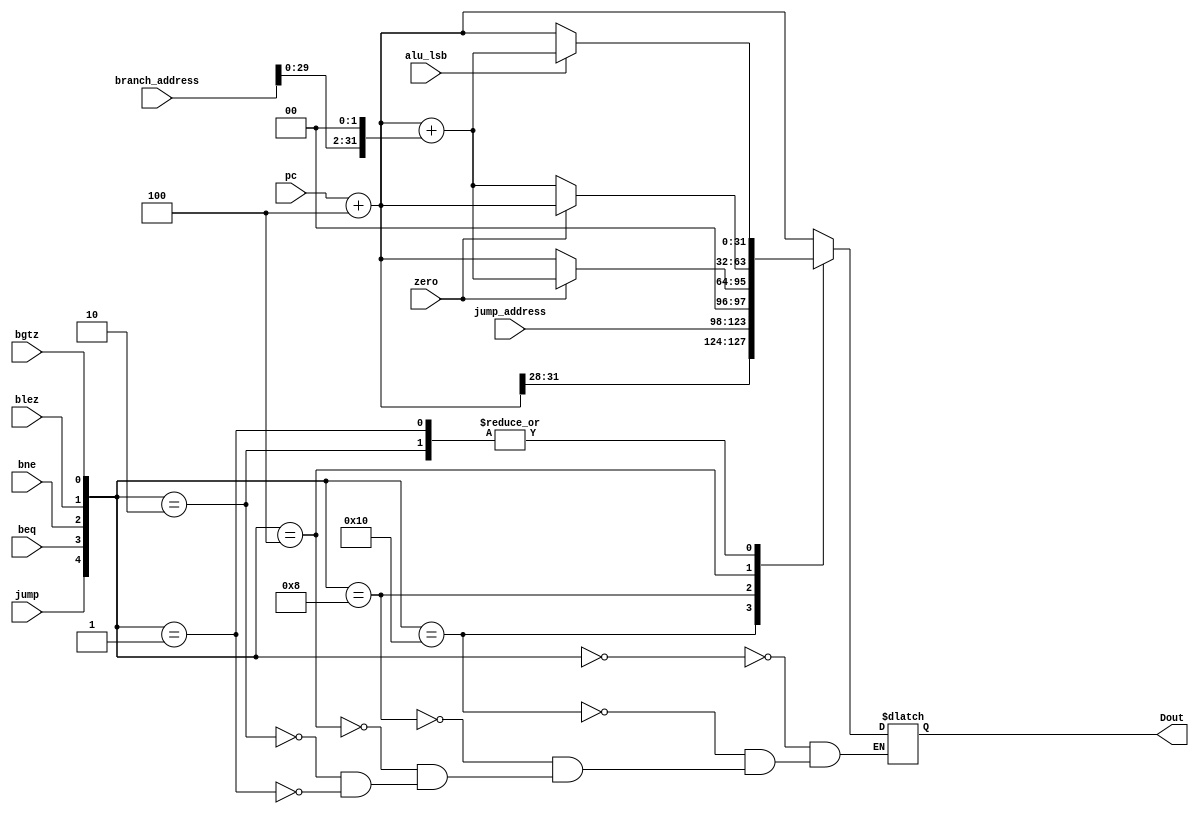
`timescale 1ns / 1ps
//////////////////////////////////////////////////////////////////////////////////
// Company: 
// Engineer: 
// 
// Design Name: 
// Module Name: PC_Next
// Project Name: 
// Target Devices: 
// Tool Versions: 
// Description: 
// 
// Dependencies: 
// 
// Revision:
// Revision 0.01 - File Created
// Additional Comments:
// 
//////////////////////////////////////////////////////////////////////////////////


module PC_Next(pc,jump_address, branch_address, jump, beq,bne,blez,bgtz,zero,alu_lsb, Dout);
input[31:0] pc,branch_address;
input[25:0] jump_address;
input jump, beq,bne,blez,bgtz,zero,alu_lsb;
output reg[31:0] Dout;
reg[31:0] pc_4;
 

always@(*) begin
    pc_4 = pc + 32'h0004;//memory word is 4 bytes. 
    case({jump,beq,bne,blez,bgtz})
    5'b00000 : Dout = pc_4;
    5'b10000 : Dout = {pc_4[31:28], {2'b0,jump_address} << 2};
    5'b01000 : Dout = (zero == 1'b1)?    pc_4 + (branch_address << 2): pc_4;//if zero flag is set then branch
    5'b00100 : Dout = (zero == 1'b0)?    pc_4 + (branch_address << 2): pc_4;//if zero flag is not set then branch
    5'b00010 : Dout = (alu_lsb == 1'b1)? pc_4 + (branch_address << 2): pc_4;//alu_lsb will be set if alu opperation came out true
    5'b00001 : Dout = (alu_lsb == 1'b1)? pc_4 + (branch_address << 2): pc_4;//alu_lsb will be set if alu opperation came out true 
    endcase

    

end

endmodule